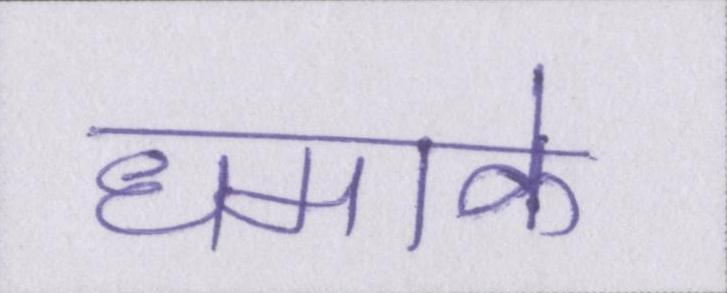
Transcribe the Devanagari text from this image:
धमाके